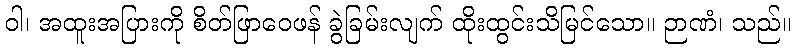
ဝါ၊ အထူးအပြားကို စိတ်ဖြာဝေဖန် ခွဲခြမ်းလျက် ထိုးထွင်းသိမြင်သော။ ဉာဏံ၊ သည်။